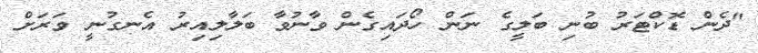
"ދެން ޑޮކްޓަރު ބުނި ބަލީގެ ނަން ހޯދައިގެން ވާނުވާ ބަލާލިއިރު އެނގުނީ ވަރަށް